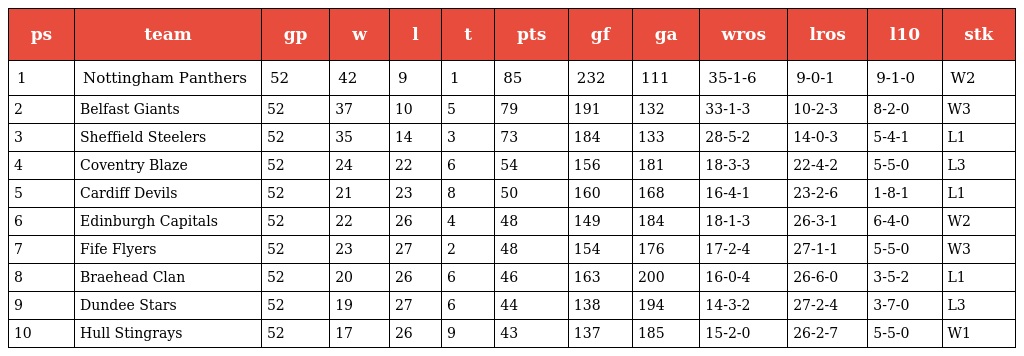
| ps | team | gp | w | l | t | pts | gf | ga | wros | lros | l10 | stk |
 | --- | --- | --- | --- | --- | --- | --- | --- | --- | --- | --- | --- | --- |
 | 1 | Nottingham Panthers | 52 | 42 | 9 | 1 | 85 | 232 | 111 | 35-1-6 | 9-0-1 | 9-1-0 | W2 |
 | 2 | Belfast Giants | 52 | 37 | 10 | 5 | 79 | 191 | 132 | 33-1-3 | 10-2-3 | 8-2-0 | W3 |
 | 3 | Sheffield Steelers | 52 | 35 | 14 | 3 | 73 | 184 | 133 | 28-5-2 | 14-0-3 | 5-4-1 | L1 |
 | 4 | Coventry Blaze | 52 | 24 | 22 | 6 | 54 | 156 | 181 | 18-3-3 | 22-4-2 | 5-5-0 | L3 |
 | 5 | Cardiff Devils | 52 | 21 | 23 | 8 | 50 | 160 | 168 | 16-4-1 | 23-2-6 | 1-8-1 | L1 |
 | 6 | Edinburgh Capitals | 52 | 22 | 26 | 4 | 48 | 149 | 184 | 18-1-3 | 26-3-1 | 6-4-0 | W2 |
 | 7 | Fife Flyers | 52 | 23 | 27 | 2 | 48 | 154 | 176 | 17-2-4 | 27-1-1 | 5-5-0 | W3 |
 | 8 | Braehead Clan | 52 | 20 | 26 | 6 | 46 | 163 | 200 | 16-0-4 | 26-6-0 | 3-5-2 | L1 |
 | 9 | Dundee Stars | 52 | 19 | 27 | 6 | 44 | 138 | 194 | 14-3-2 | 27-2-4 | 3-7-0 | L3 |
 | 10 | Hull Stingrays | 52 | 17 | 26 | 9 | 43 | 137 | 185 | 15-2-0 | 26-2-7 | 5-5-0 | W1 |